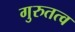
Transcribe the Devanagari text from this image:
गुरुतत्व